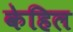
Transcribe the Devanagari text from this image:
केहिल